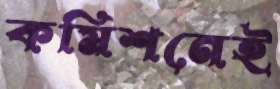
কমিশনেই